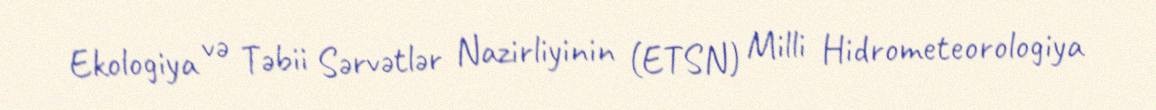
Ekologiya və Təbii Sərvətlər Nazirliyinin (ETSN) Milli Hidrometeorologiya